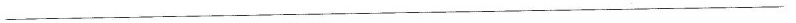
___